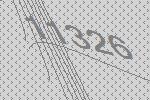
11326